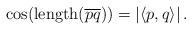
LaTeX: \begin{align*} \cos(\mathrm{length}(\overline{pq}))=|\langle p,q\rangle|\,.\end{align*}